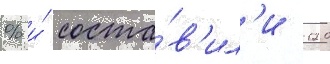
% и́ соста́в'ил'и 120